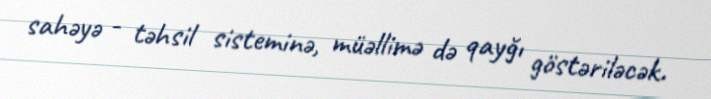
sahəyə - təhsil sisteminə, müəllimə də qayğı göstəriləcək.